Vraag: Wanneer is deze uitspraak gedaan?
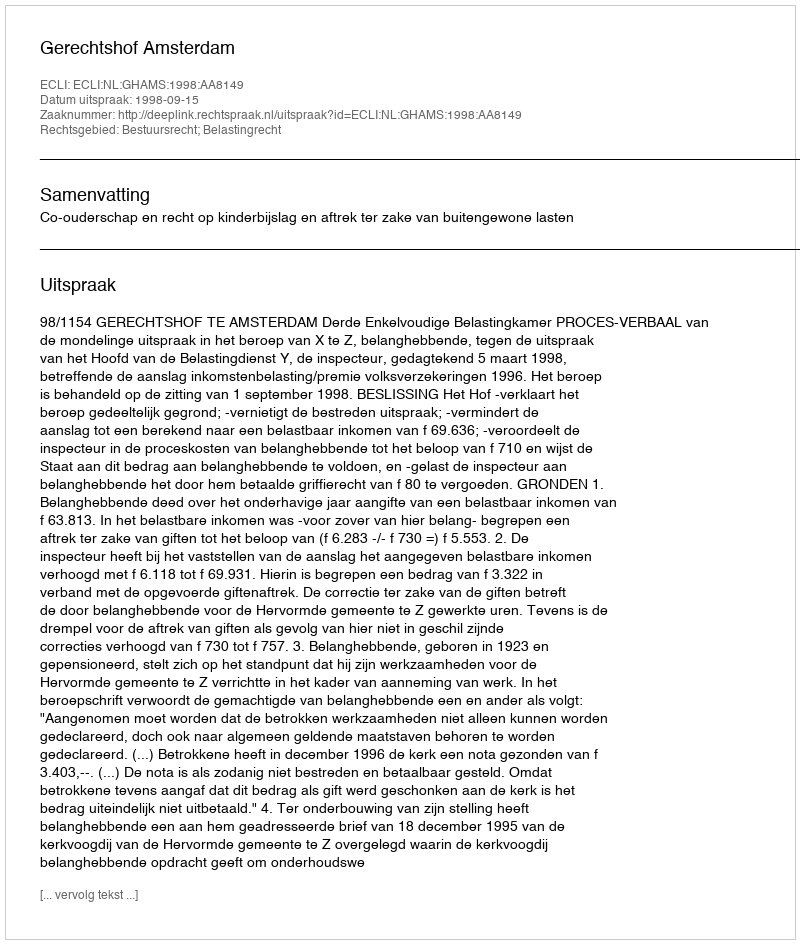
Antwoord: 1998-09-15